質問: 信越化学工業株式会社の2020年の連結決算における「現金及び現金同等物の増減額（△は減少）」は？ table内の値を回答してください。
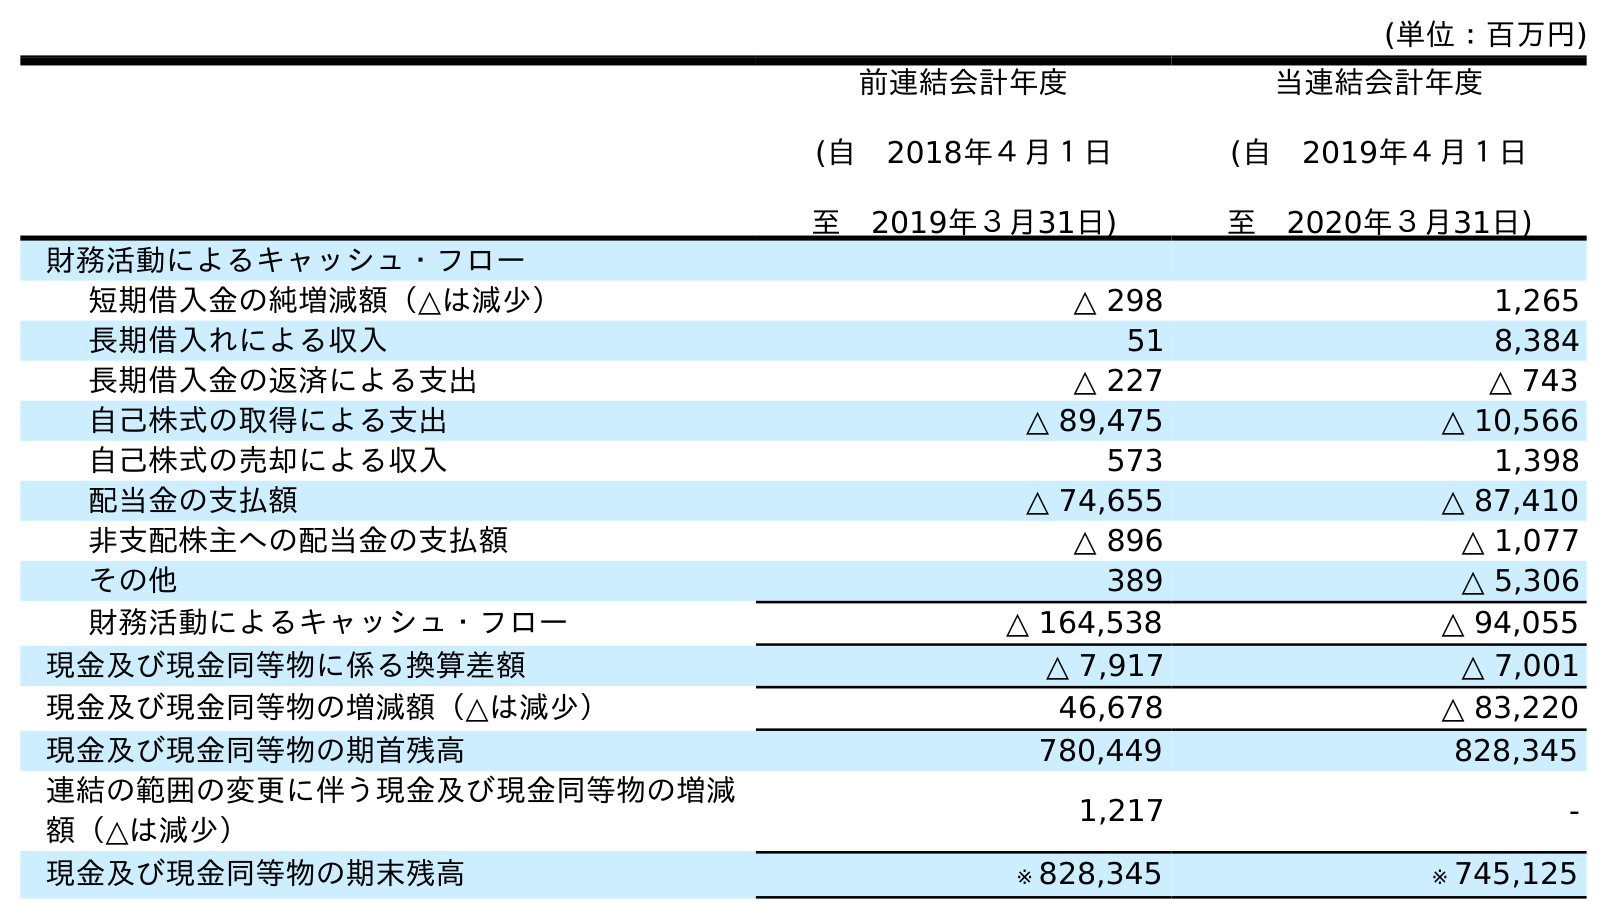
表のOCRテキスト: (単位：百万円) 前連結会計年度 (自 2018年４月１日 至 2019年３月31日) 当連結会計年度 (自 2019年４月１日 至 2020年３月31日) 財務活動によるキャッシュ・フロー 短期借入金の純増減額（△は減少） △ 298 1,265 長期借入れによる収入 51 8,384 長期借入金の返済による支出 △ 227 △ 743 自己株式の取得による支出 △ 89,475 △ 10,566 自己株式の売却による収入 573 1,398 配当金の支払額 △ 74,655 △ 87,410 非支配株主への配当金の支払額 △ 896 △ 1,077 その他 389 △ 5,306 財務活動によるキャッシュ・フロー △ 164,538 △ 94,055 現金及び現金同等物に係る換算差額 △ 7,917 △ 7,001 現金及び現金同等物の増減額（△は減少） 46,678 △ 83,220 現金及び現金同等物の期首残高 780,449 828,345 連結の範囲の変更に伴う現金及び現金同等物の増減 額（△は減少） 1,217 - 現金及び現金同等物の期末残高 ※ 828,345 ※ 745,125
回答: △83,220